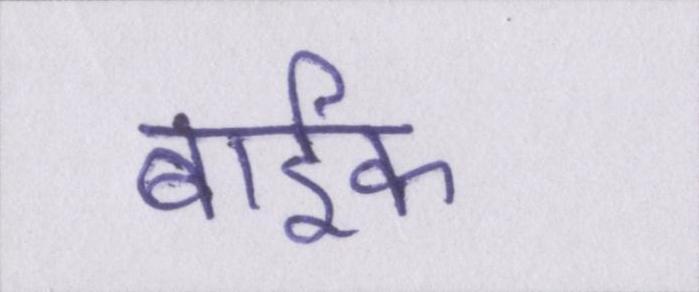
बार्इक